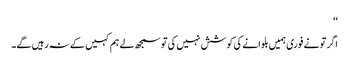
‘‘
اگر تو نے فوری ہمیں بلوانے کی کوشش نہیں کی تو سمجھ لے ہم کہیں کے نہ رہیں گے۔